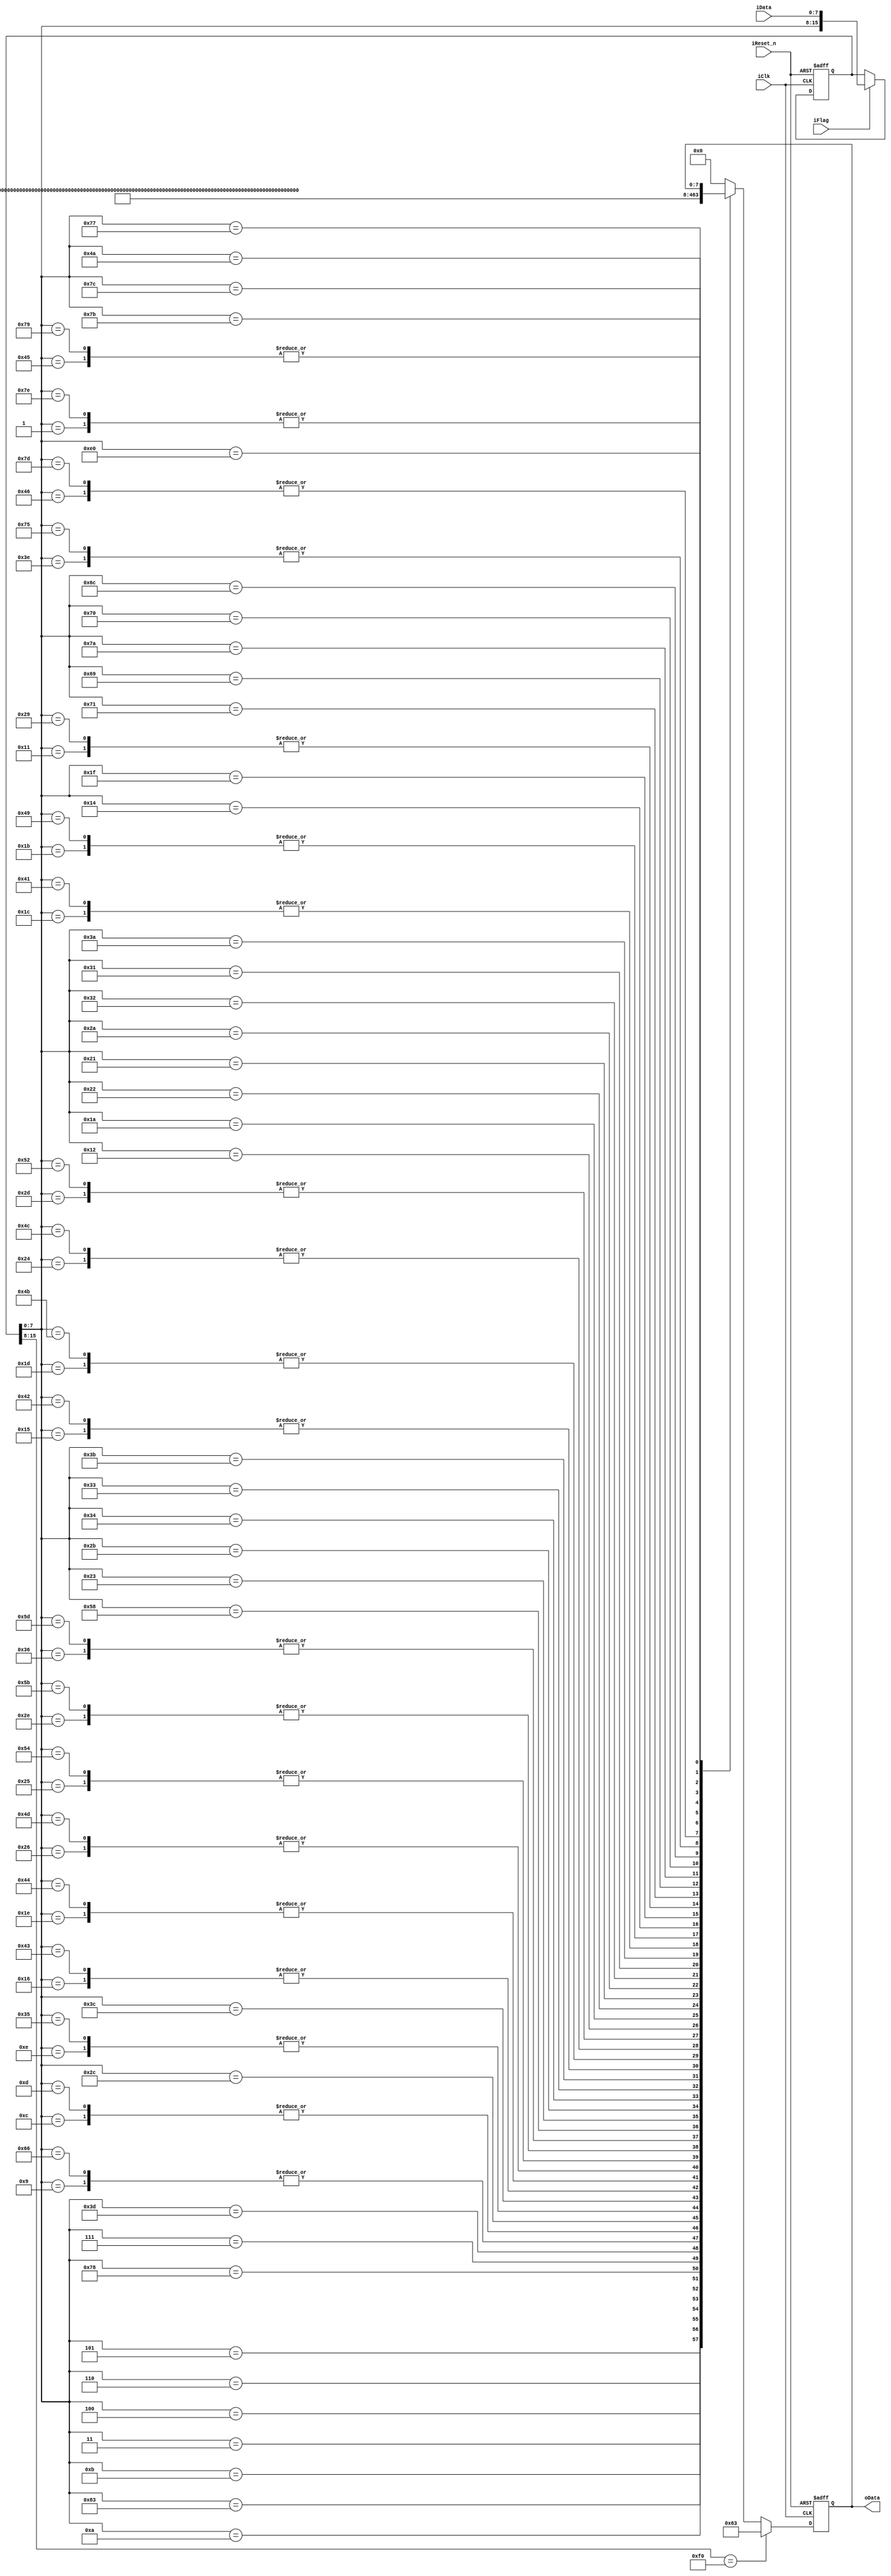
/*The keyboard keycode is decoded into the corresponding frequency data of the keyboard keys.*/
module Ps2Decoder(
	input iClk,	//clock
	input iReset_n,	//reset signal, active low
	input iFlag,	//if a valid packet is received
	input [7:0] iData,	//ps2 data received

	output reg [7:0] oData	//freq type
	);

	reg [15:0] temp;
	
	always @ (posedge iClk or negedge iReset_n)
		if(!iReset_n)
			begin
				temp <= 16'd0;
			end
		else
			begin
				if(iFlag)
					begin
						temp = {temp[7:0],iData};   //move 8 bits to the left, adding the new data
					end
				else
					begin
						temp <= temp;
					end
			end
			
	always @ (posedge iClk or negedge iReset_n)
		if(!iReset_n)
			begin
				oData <= 8'b0;
			end
		else
			begin
				casex (temp)
					{8'hf0,8'hxx} : begin oData <=99; end    //when release, stop
					default :case(temp[7:0])
									//F
									8'h05:begin oData <= 33;end //F1
									8'h06:begin oData <= 35;end //F2
									8'h04:begin oData <= 38;end //F3
									8'h0c:begin oData <= 40;end //F4
									8'h03:begin oData <= 42;end //F5
									8'h0b:begin oData <= 45;end //F6
									8'h83:begin oData <= 47;end //F7
									8'h0a:begin oData <= 50;end //F8
									8'h01:begin oData <= 52;end //F9
									8'h09:begin oData <= 54;end //F10
									8'h78:begin oData <= 57;end //F11
									8'h07:begin oData <= 59;end //F12

									//first line
									8'h0e:begin oData <= 29;end //tap
									8'h16:begin oData <= 32;end	//1
									8'h1e:begin oData <= 34;end	//2
									8'h26:begin oData <= 36;end	//3
									8'h25:begin oData <= 37;end	//4
									8'h2e:begin oData <= 39;end	//5
									8'h36:begin oData <= 41;end	//6
									8'h3d:begin oData <= 43;end	//7
									8'h3e:begin oData <= 44;end	//8
									8'h46:begin oData <= 46;end	//9
									8'h45:begin oData <= 48;end	//0
									//8'h4e:begin oData <= 49;end	//-
									//8'h55:begin oData <= 51;end	//=
									8'h66:begin oData <= 54;end	//backspace

									//second line
									8'h0d:begin oData <= 40;end	//tab
									8'h15:begin oData <= 20;end	//q
									8'h1d:begin oData <= 22;end	//w
									8'h24:begin oData <= 24;end	//e
									8'h2d:begin oData <= 25;end	//r
									8'h2c:begin oData <= 27;end	//t
									8'h35:begin oData <= 29;end	//y
									8'h3c:begin oData <= 31;end	//u
									8'h43:begin oData <= 32;end	//i
									8'h44:begin oData <= 34;end	//o
									8'h4d:begin oData <= 36;end	//p
									8'h54:begin oData <= 37;end	//[
									8'h5b:begin oData <= 39;end	//]
									8'h5d:begin oData <= 41;end	//\

									//third line
									8'h58:begin oData <= 28;end	//capslock
									8'h1c:begin oData <= 8;end	//a
									8'h1b:begin oData <= 10;end	//s
									8'h23:begin oData <= 12;end	//d
									8'h2b:begin oData <= 13;end	//f
									8'h34:begin oData <= 15;end	//g
									8'h33:begin oData <= 17;end	//h
									8'h3b:begin oData <= 19;end	//j
									8'h42:begin oData <= 20;end	//k
									8'h4b:begin oData <= 22;end	//l
									8'h4c:begin oData <= 24;end	//;
									8'h52:begin oData <= 25;end	//'

									//fourth line
									8'h12:begin oData <= 23;end	//shift
									8'h1a:begin oData <= 1;end	//z
									8'h22:begin oData <= 2;end	//x
									8'h21:begin oData <= 3;end	//c
									8'h2a:begin oData <= 4;end	//v
									8'h32:begin oData <= 5;end	//b
									8'h31:begin oData <= 6;end	//n
									8'h3a:begin oData <= 7;end	//m
									8'h41:begin oData <= 8;end	//,
									8'h49:begin oData <= 10;end	//.
									//8'h4a:begin oData <= 12;end	///

									//fifth line
									8'h14:begin oData <= 30;end	//ctrl
									8'h1f:begin oData <= 18;end	//win
									8'h11:begin oData <= 16;end	//alt
									8'h29:begin oData <= 16;end	//space

									//6 Mid Control
									8'h71:begin oData <= 56;end //del
									8'h69:begin oData <= 58;end //end
									8'h7a:begin oData <= 60;end //pgdn
									8'h70:begin oData <= 61;end //ins
									8'h6c:begin oData <= 63;end //home
									//8'h7d:begin oData <= 65;end   //pgup

									//small
									8'h75:begin oData <= 44;end //8
									8'h7d:begin oData <= 46;end //9
									8'h79:begin oData <= 48;end //+
									8'h77:begin oData <= 49;end //num
									8'h4a:begin oData <= 51;end // /
									8'h7c:begin oData <= 53;end //*
									8'h7b:begin oData <= 55;end //-

									//3 right top
									//8'h7c:begin oData <= 56;end //printscreen
									8'h7e:begin oData <= 52;end //scrolllock
									//8'h7f:begin oData <= 60;end //pause

									8'he0:begin oData <= oData;end  //ignore E0
									default:begin oData <= 8'b0; end	//not defined
								endcase
				endcase
			end

endmodule